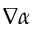
\nabla \alpha